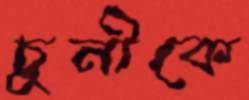
চুনীকে